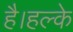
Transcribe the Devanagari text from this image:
है।हल्के